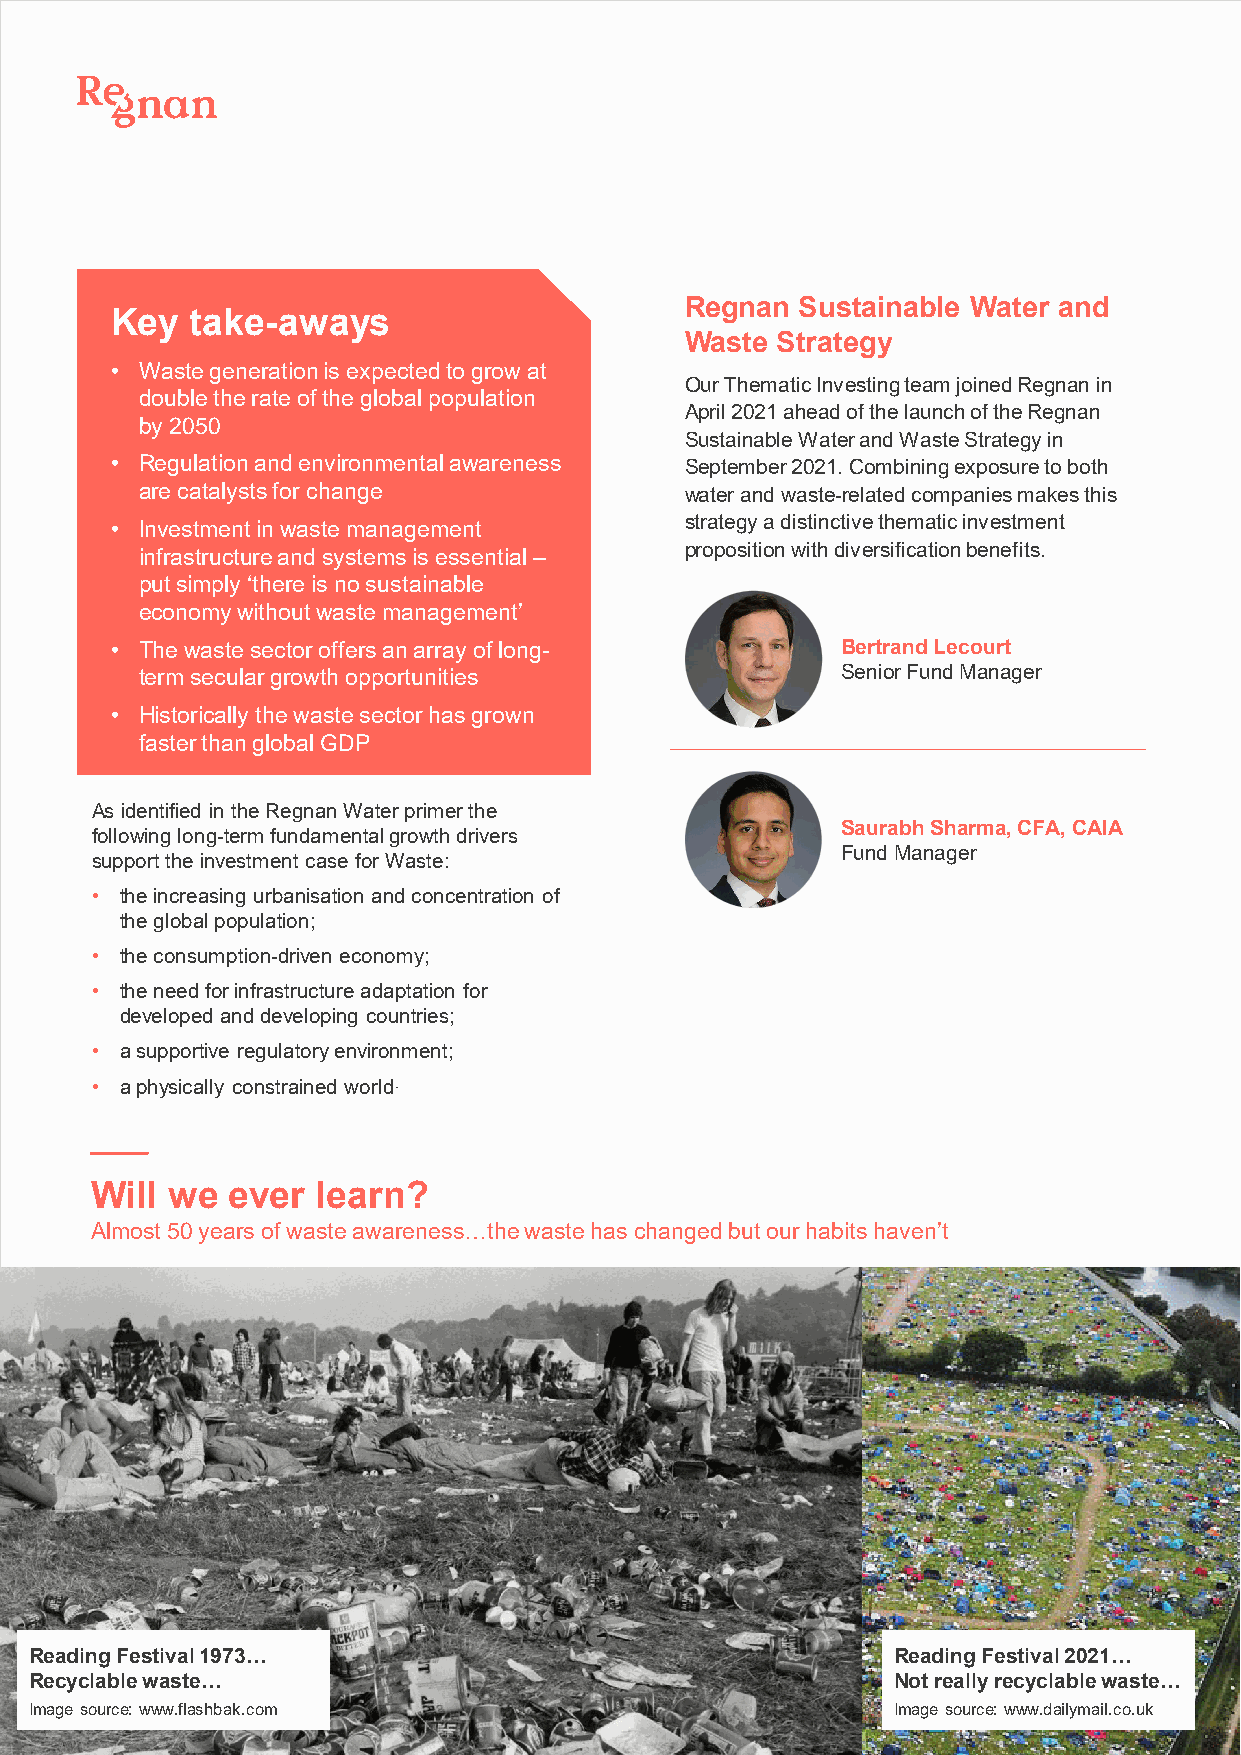
Regnan  Sustainable Water and
 Key   take-aways
 Waste Strategy
 • Waste generation is expected to grow at
 Our Thematic Investing team joined Regnan in
 double the rate of the global population
 April 2021 ahead of the launch of the Regnan
 by 2050
 Sustainable Water and Waste Strategy in
 • Regulation and environmental awareness September 2021. Combining exposure to both
 are catalysts for change            water and waste-related companies makes this
 strategy a distinctive thematic investment
 • Investment in waste management
 proposition with diversification benefits.
 infrastructure and systems is essential –
 put simply ‘there is no sustainable
 economy without waste management’
 • The waste sector offers an array of long-      Bertrand Lecourt
 term secular growth opportunities              Senior Fund Manager
 • Historically the waste sector has grown
 faster than global GDP
 As identified in the Regnan Water primer the
 Saurabh Sharma, CFA, CAIA
 following long-term fundamental growth drivers
 Fund Manager
 support the investment case for Waste:
 • the increasing urbanisation and concentration of
 the global population;
 • the consumption-driven economy;
 • the need for infrastructure adaptation for
 developed and developing countries;
 • a supportive regulatory environment;
 • a physically constrained world.
 Will we  ever  learn?
 Almost 50 years of waste awareness…the waste has changed but our habits haven’t
 Reading Festival 1973…                                   Reading Festival 2021…
 Recyclable waste…                                        Not really recyclable waste…
 Image source: www.flashbak.com                           Image source: www.dailymail.co.uk